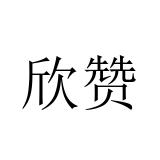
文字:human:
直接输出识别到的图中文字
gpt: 欣赞